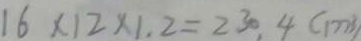
1 6 \times 1 2 \times 1 . 2 = 2 3 0 . 4 ( m ^ { 3 } )